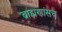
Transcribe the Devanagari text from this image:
ब्राह्मणांसच